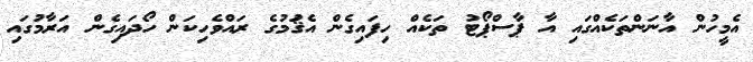
އެމީހުން އާނަންތަކެއްގައި އާ ޕާސްޕޯޓު ތަކެއް ހިފައިގެން އެޤަުމުގެ ރައްވެހިކަން ހޯދައިގެން އަރާމުގައި